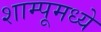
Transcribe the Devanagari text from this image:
शाम्पूमध्ये